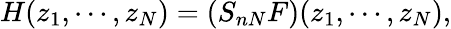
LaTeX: H(z_{1},\cdots,z_{N})=(S_{nN}F)(z_{1},\cdots,z_{N}),